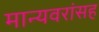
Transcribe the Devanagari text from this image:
मान्यवरांसह